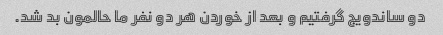
دو ساندویج گرفتیم و بعد از خوردن هر دو نفر ما حالمون بد شد.